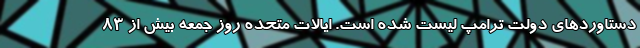
دستاوردهای دولت ترامپ لیست شده است. ایالات متحده روز جمعه بیش از ۸۳